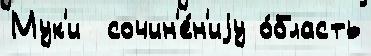
Мук'и  сочин'е́н'иjу о́бласть